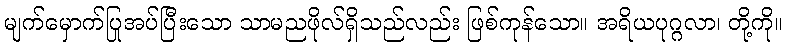
မျက်မှောက်ပြုအပ်ပြီးသော သာမညဖိုလ်ရှိသည်လည်း ဖြစ်ကုန်သော။ အရိယပုဂ္ဂလာ၊ တို့ကို။